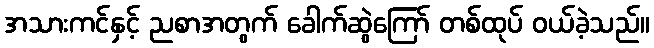
အသားကင်နှင့် ညစာအတွက် ခေါက်ဆွဲကြော် တစ်ထုပ် ဝယ်ခဲ့သည်။